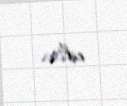
edir.